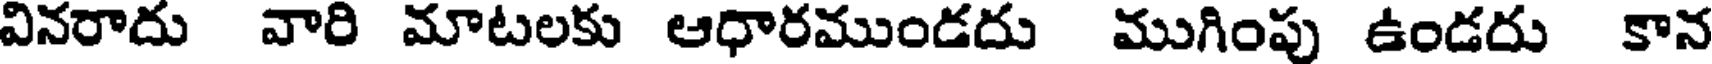
వినరాదు వారి మాటలకు ఆధారముండదు ముగింపు ఉండదు కాన